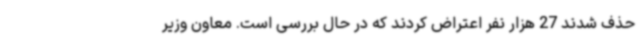
حذف شدند 27 هزار نفر اعتراض کردند که در حال بررسی است. معاون وزیر